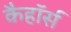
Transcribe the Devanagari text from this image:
कैहॉर्स